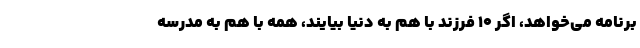
برنامه می‌خواهد، اگر ۱۰ فرزند با هم به دنیا بیایند، همه با هم به مدرسه